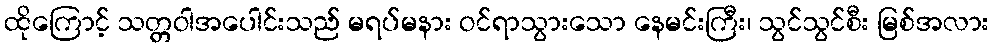
ထိုကြောင့် သတ္တဝါအပေါင်းသည် မရပ်မနား ဝင်ရာသွားသော နေမင်းကြီး၊ သွင်သွင်စီး မြစ်အလား